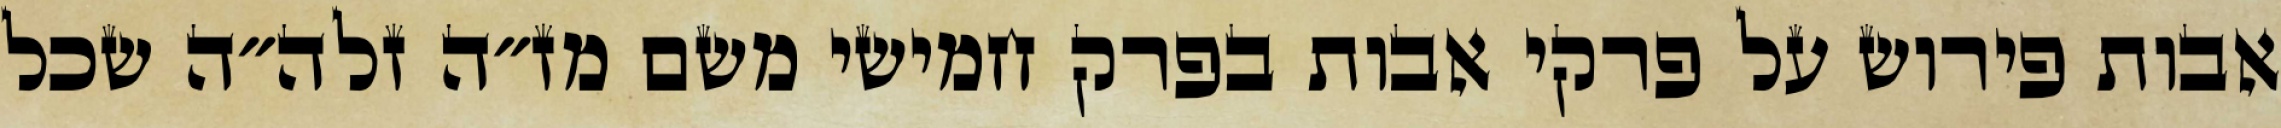
אבות פירוש על פרקי אבות בפרק חמישי משם מז״ה זלה״ה שכל